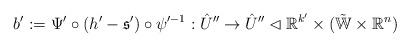
LaTeX: \begin{align*} b' := \Psi' \circ (h' - \mathfrak{s}') \circ \psi'^{-1} : \hat{U}'' \rightarrow \hat{U}'' \lhd \mathbb{R}^{k'} \times (\tilde{\mathbb{W}} \times \mathbb{R}^n)\end{align*}